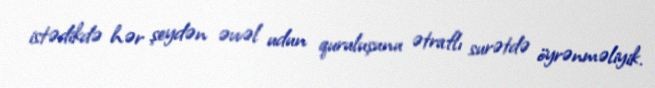
istədikdə hər şeydən əvvəl udun quruluşunu ətraflı surətdə öyrənməliyik.